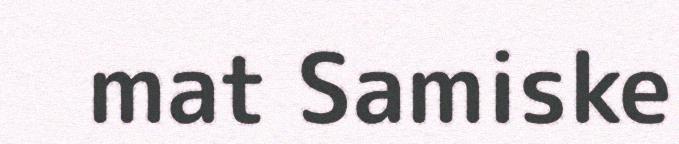
mat Samiske